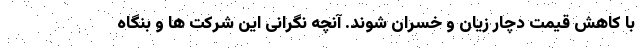
با کاهش قیمت دچار زیان و خسران شوند. آنچه نگرانی این شرکت ها و بنگاه